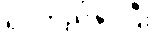
ရပ်တည်နိုင်ပြီး